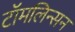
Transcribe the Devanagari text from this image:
टॉमलिन्सन